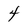
Character: 4